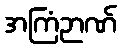
အကြံဉာဏ်